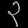
Digit: ၃